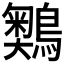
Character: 𪅞